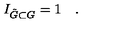
I _ { \tilde { G } \subset G } = 1 \quad .